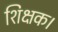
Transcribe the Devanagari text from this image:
शिक्षक।